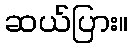
ဆယ်ပြား။